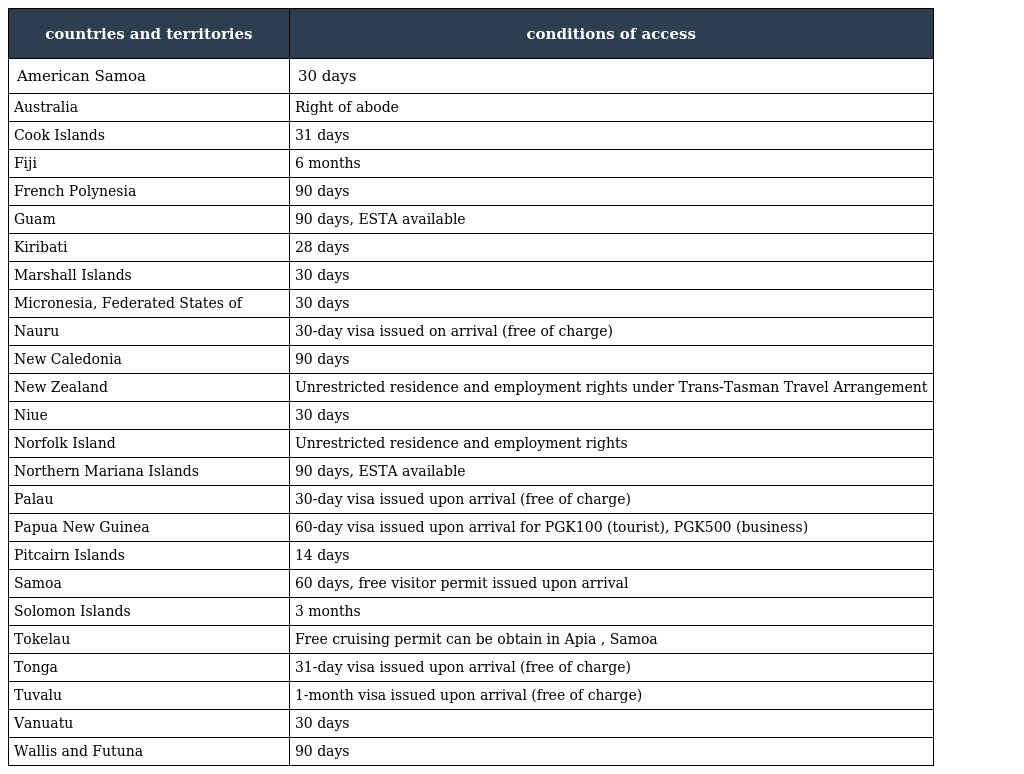
| countries and territories | conditions of access |
 | --- | --- |
 | American Samoa | 30 days |
 | Australia | Right of abode |
 | Cook Islands | 31 days |
 | Fiji | 6 months |
 | French Polynesia | 90 days |
 | Guam | 90 days, ESTA available |
 | Kiribati | 28 days |
 | Marshall Islands | 30 days |
 | Micronesia, Federated States of | 30 days |
 | Nauru | 30-day visa issued on arrival (free of charge) |
 | New Caledonia | 90 days |
 | New Zealand | Unrestricted residence and employment rights under Trans-Tasman Travel Arrangement |
 | Niue | 30 days |
 | Norfolk Island | Unrestricted residence and employment rights |
 | Northern Mariana Islands | 90 days, ESTA available |
 | Palau | 30-day visa issued upon arrival (free of charge) |
 | Papua New Guinea | 60-day visa issued upon arrival for PGK100 (tourist), PGK500 (business) |
 | Pitcairn Islands | 14 days |
 | Samoa | 60 days, free visitor permit issued upon arrival |
 | Solomon Islands | 3 months |
 | Tokelau | Free cruising permit can be obtain in Apia , Samoa |
 | Tonga | 31-day visa issued upon arrival (free of charge) |
 | Tuvalu | 1-month visa issued upon arrival (free of charge) |
 | Vanuatu | 30 days |
 | Wallis and Futuna | 90 days |